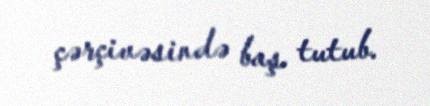
çərçivəsində baş tutub.